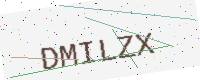
Text: DMILZX